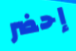
إحضر